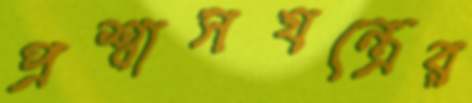
প্রশ্বাসযন্ত্রের